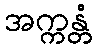
အက္ကန္တံ